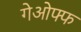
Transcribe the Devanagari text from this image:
गेओफ्फ